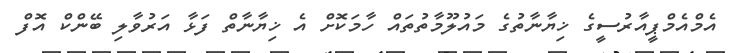
އެމްއެމްޕީއާރުސީގެ ޚިޔާނާތުގެ މައުލޫމާތުތައް ހާމަކޮށް އެ ޚިޔާނާތް ފަޅާ އަރުވާލި ބޭންކް އޮފް